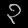
Digit: ၃